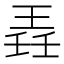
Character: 𬍲